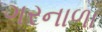
ગરનાળા